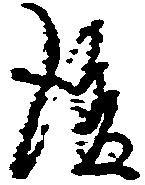
後